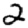
Digit: 2